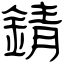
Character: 錆